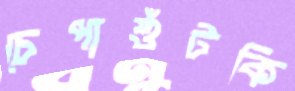
চেপাশুঁটকি